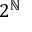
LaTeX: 2 ^ { \mathbb { N } }